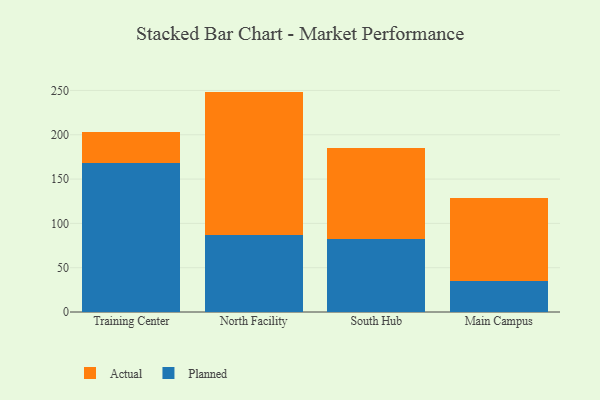
{"axis": {"x": "Campus", "y": "Humidity (%)"}, "legend": ["Actual", "Planned"], "data": [{"x": "Training Center", "y": 168.0, "type": "Planned"}, {"x": "Training Center", "y": 35.4, "type": "Actual"}, {"x": "North Facility", "y": 86.9, "type": "Planned"}, {"x": "North Facility", "y": 161.8, "type": "Actual"}, {"x": "South Hub", "y": 82.3, "type": "Planned"}, {"x": "South Hub", "y": 102.5, "type": "Actual"}, {"x": "Main Campus", "y": 35.4, "type": "Planned"}, {"x": "Main Campus", "y": 93.3, "type": "Actual"}]}